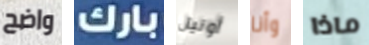
واضح بارك أونيل وأنا ماذا